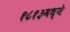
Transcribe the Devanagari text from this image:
१८१३मध्ये